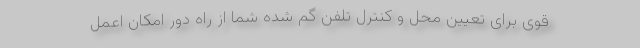
قوی برای تعیین محل و کنترل تلفن گم شده شما از راه دور امکان اعمل